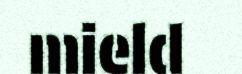
mield